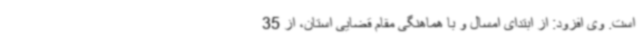
است. وی افزود: از ابتدای امسال و با هماهنگی مقام قضایی استان، از 35